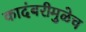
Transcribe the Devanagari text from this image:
कादंबरीमुळेच